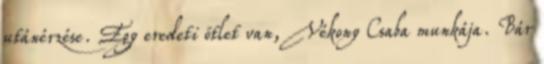
utánérzése. Egy eredeti ötlet van, Vékony Csaba munkája. Bár